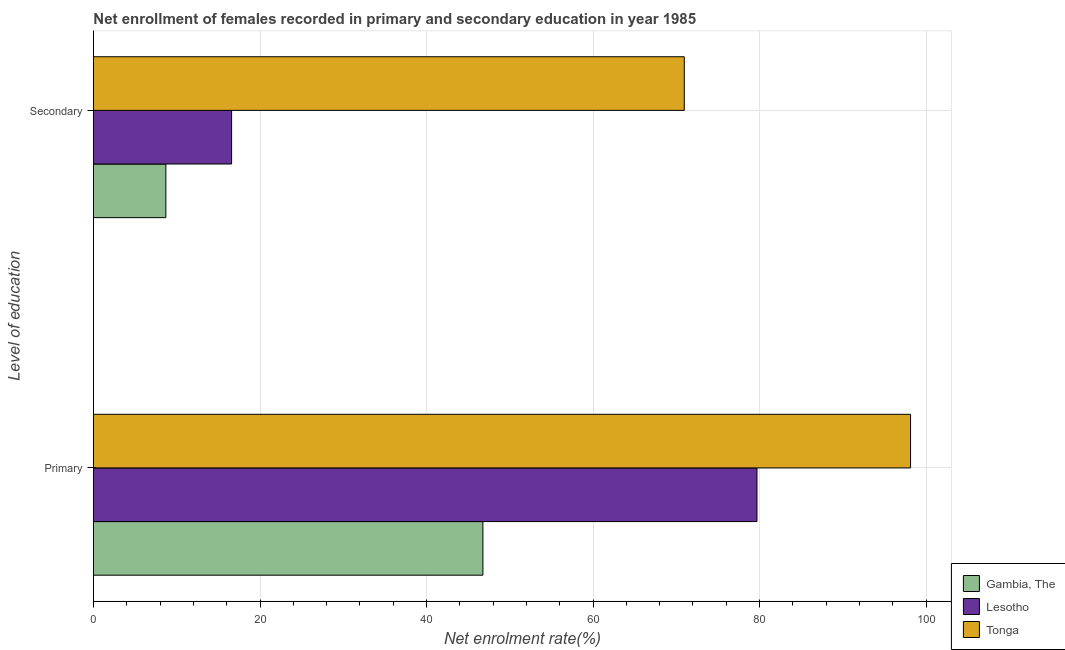
| Level of education | Gambia, The | Lesotho | Tonga |
 | --- | --- | --- | --- |
 | Primary | 46.8 | 79.7 | 98.1 |
 | Secondary | 8.69 | 16.6 | 71 |